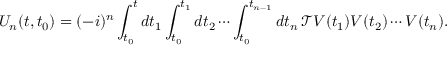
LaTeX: U _ { n } ( t , t _ { 0 } ) = ( - i ) ^ { n } \int _ { t _ { 0 } } ^ { t } d t _ { 1 } \int _ { t _ { 0 } } ^ { t _ { 1 } } d t _ { 2 } \cdots \int _ { t _ { 0 } } ^ { t _ { n - 1 } } d t _ { n } \, { \mathcal { T } } V ( t _ { 1 } ) V ( t _ { 2 } ) \cdots V ( t _ { n } ) .